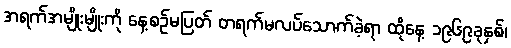
အရက်အမျိုးမျိုးကို နေ့စဉ်မပြတ် တရက်မလပ်သောက်ခဲ့ရာ ထိုနေ့ ၁၉၆၉ခုနှစ်၊